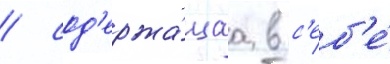
/ сод'ержа́щаа в с'еб'е́